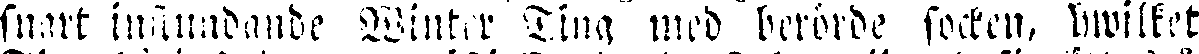
snart instundande Winter Ting med berörde socken, hwilket